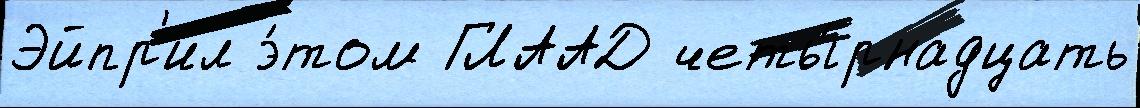
Эйпр'ил э́том ГЛААД четы́рнадцать